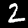
Label: 2